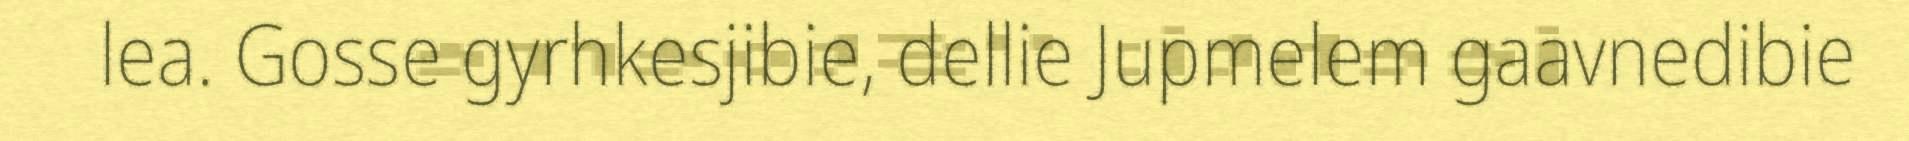
lea. Gosse gyrhkesjibie, dellie Jupmelem gaavnedibie